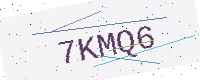
Text: 7KMQ6